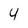
Character: 4